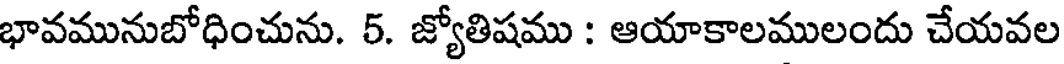
భావమునుబోధించును. 5. జ్యోతిషము : ఆయాకాలములందు చేయవల